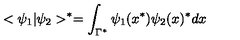
< \psi _ { 1 } | \psi _ { 2 } > ^ { * } = \int _ { \Gamma ^ { * } } \psi _ { 1 } ( x ^ { * } ) \psi _ { 2 } ( x ) ^ { * } d x